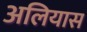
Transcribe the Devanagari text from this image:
अलियास